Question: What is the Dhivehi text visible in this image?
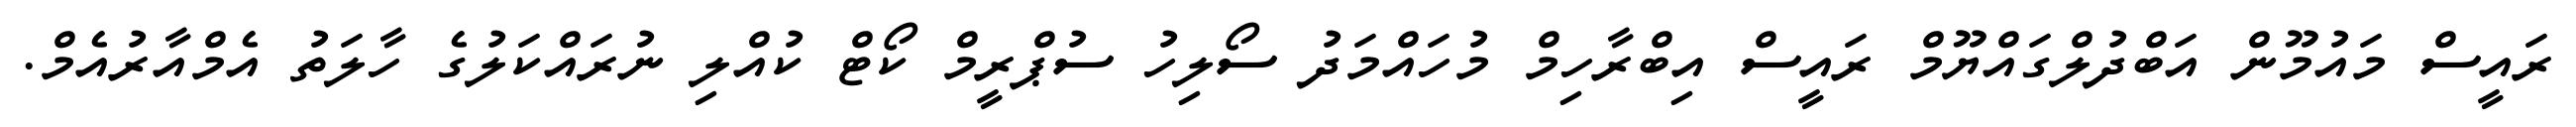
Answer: ރައީސް މައުމޫން އަބްދުލްގައްޔޫމް ރައީސް އިބްރާހިމް މުހައްމަދު ސޯލިހު ސުޕްރީމް ކޯޓް ކުއްލި ނުރައްކަލުގެ ހާލަތު އެމްއާރުއެމް.